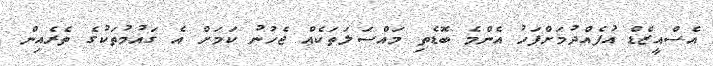
އެސްއީޒެޑް އުފެއްދުމަށްފަހު އެންމެ ބޮޑެތި މައްސަލަތަކެއް ޖެހުނު ކަމަށް އެ ގައުމުތަކުގެ ތެރެއިން